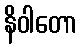
နိဝါတော